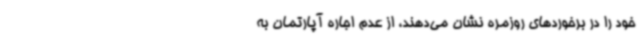
خود را در برخوردهای روزمره نشان می‌دهند، از عدم اجاره آپارتمان به